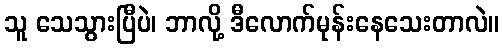
သူ သေသွားပြီပဲ၊ ဘာလို့ ဒီလောက်မုန်းနေသေးတာလဲ။